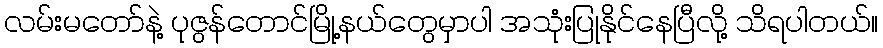
လမ်းမတော်နဲ့ ပုဇွန်တောင်မြို့နယ်တွေမှာပါ အသုံးပြုနိုင်နေပြီလို့ သိရပါတယ်။